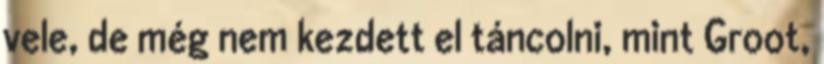
vele, de még nem kezdett el táncolni, mint Groot,